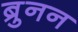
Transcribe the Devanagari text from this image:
ब्रुनन